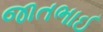
જાતભાઈ